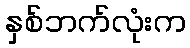
နှစ်ဘက်လုံးက